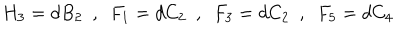
LaTeX: H _ { 3 } = d B _ { 2 } \, \, \, , \, \, \, F _ { 1 } = d C _ { 2 } \, \, \, , \, \, \, F _ { 3 } = d C _ { 2 } \, \, \, , \, \, \, F _ { 5 } = d C _ { 4 }